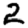
Digit: 2